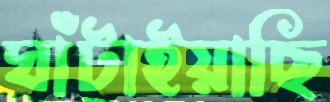
ঘাঁটাইয়াছি